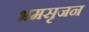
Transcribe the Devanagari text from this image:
भ्रमसृजन